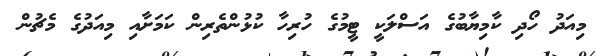
މިއަދު ހޯދި ކާމިޔާބުގެ އަސްލަކީ ޓީމުގެ ހުރިހާ ކުޅުންތެރިން ކަމަށާއި މިއަދުގެ މެޗުން